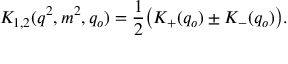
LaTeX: K _ { 1 , 2 } ( q ^ { 2 } , m ^ { 2 } , q _ { o } ) = { \frac { 1 } { 2 } } \big ( K _ { + } ( q _ { o } ) \pm K _ { - } ( q _ { o } ) \big ) .